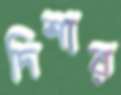
দিশার